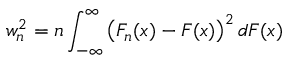
w _ { n } ^ { 2 } = n \int _ { - \infty } ^ { \infty } \left( F _ { n } ( x ) - F ( x ) \right) ^ { 2 } d F ( x )